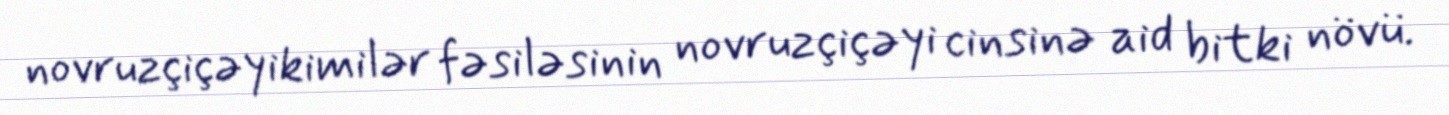
novruzçiçəyikimilər fəsiləsinin novruzçiçəyi cinsinə aid bitki növü.